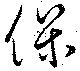
保